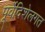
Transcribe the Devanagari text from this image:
पूर्वेदिशेलगत